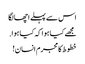
اس سے پہلے اچھا لگا
مجھے کیا ہوا کہ کیا ہوا.
خطوط کا مجرم انسان!